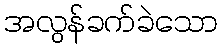
အလွန်ခက်ခဲသော